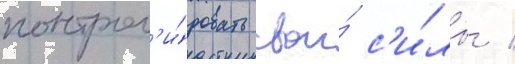
контрол'и́ровать свои́ с'и́лы /